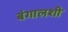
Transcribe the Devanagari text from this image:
बंगालशी